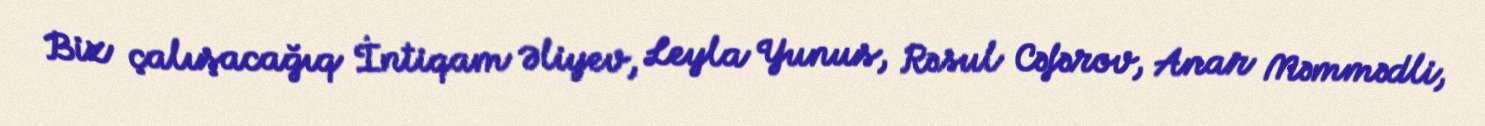
Biz çalışacağıq İntiqam Əliyev, Leyla Yunus, Rəsul Cəfərov, Anar Məmmədli,